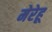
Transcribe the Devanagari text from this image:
मेरेहू